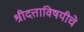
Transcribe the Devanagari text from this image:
श्रीदत्ताविषयीचे